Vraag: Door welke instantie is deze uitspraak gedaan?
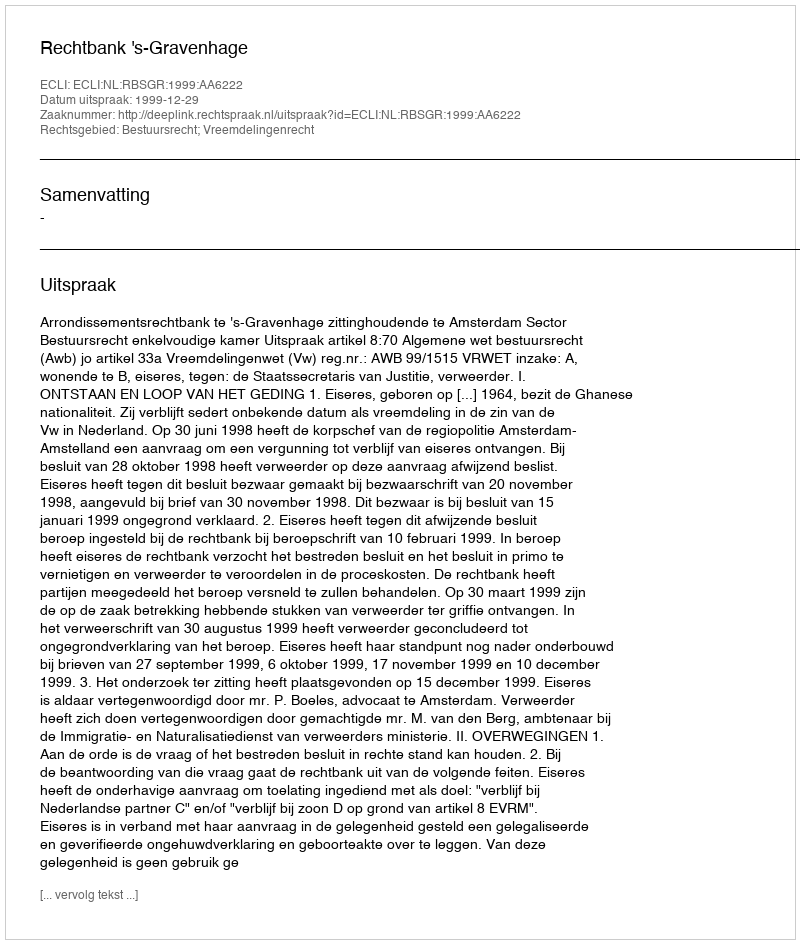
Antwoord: Rechtbank 's-Gravenhage